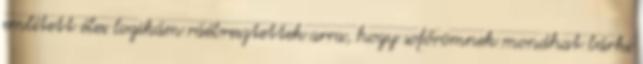
említett éles logikám ráébresztettek arra, hogy sofőrömnek mondhat bárki